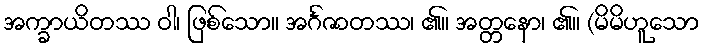
အက္ခာယိတဿ ဝါ၊ ဖြစ်သော။ အင်္ဂဇာတဿ၊ ၏။ အတ္တနော၊ ၏။ (မိမိဟူသော